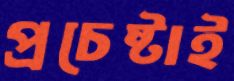
প্রচেষ্টাই